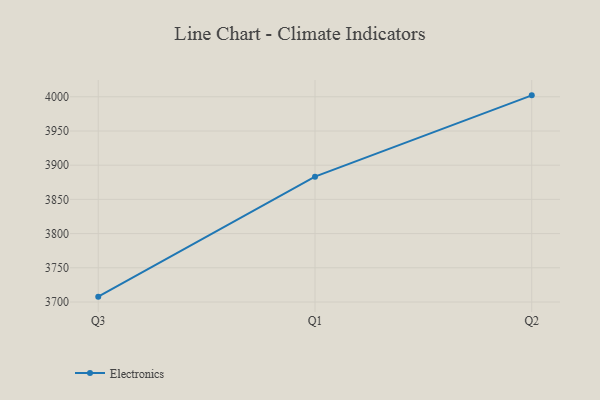
{"axis": {"x": "Quarter", "y": "Gross Profit (USD K)"}, "legend": ["Electronics"], "data": [{"x": "Q3", "y": 3707.8, "type": "Electronics"}, {"x": "Q1", "y": 3883.2, "type": "Electronics"}, {"x": "Q2", "y": 4002.1, "type": "Electronics"}]}